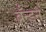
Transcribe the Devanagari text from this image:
ब्रँन्डन